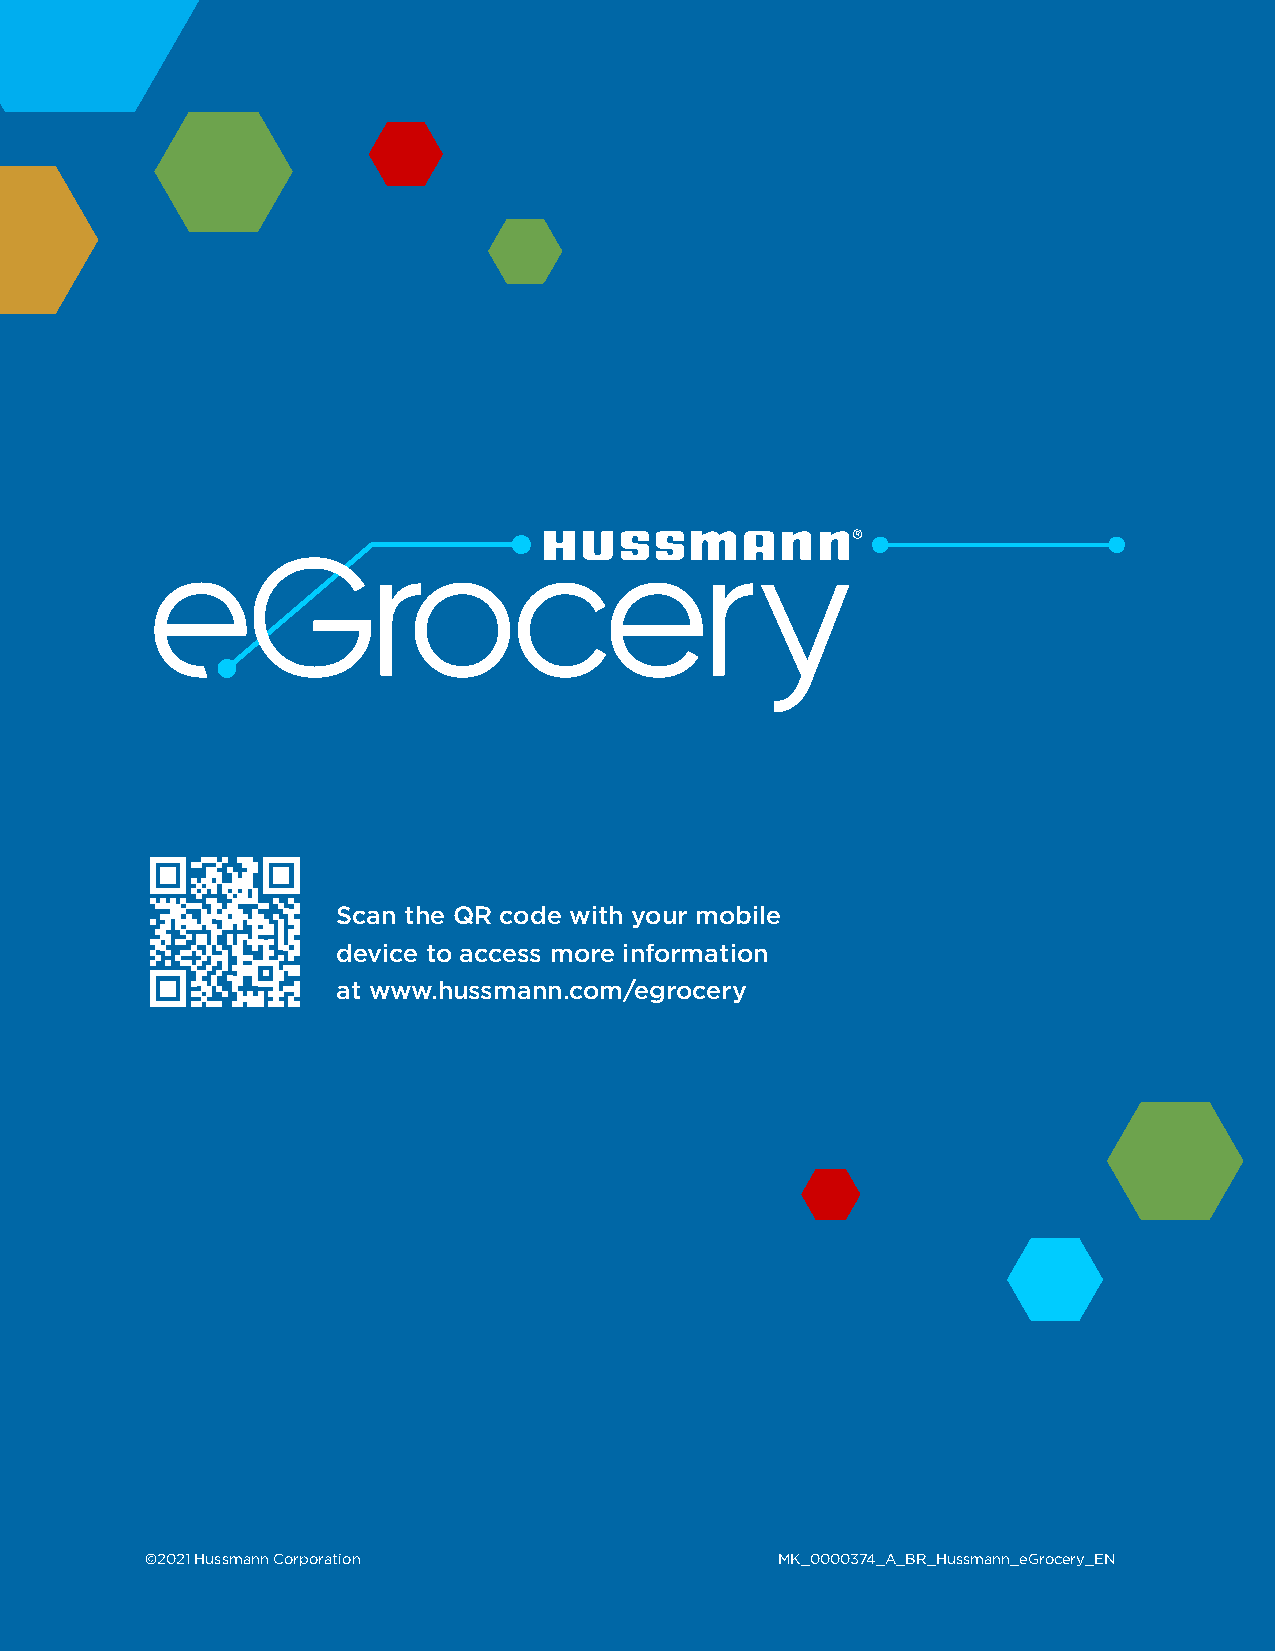
Scan the QR code with your mobile
 device to access more information
 at www.hussmann.com/egrocery
 ©2021 Hussmann Corporation               MK_0000374_A_BR_Hussmann_eGrocery_EN